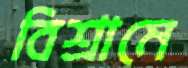
বিশ্রামে